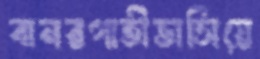
বানরগাতীভাসিয়ে